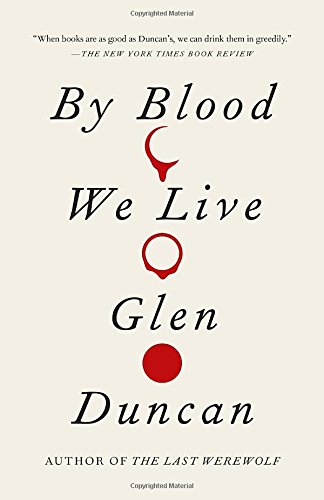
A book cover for By Blood We Live; Glen Duncan; Literature & Fiction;